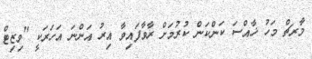
މާރޗް މަހު ޚާއްސަ ކަންކަން ކުރުމަށް ރާވާފައިވާ އިރު އަންނަ އަހަރަކީ "ވިޒިޓް